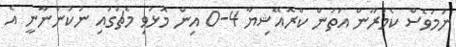
ނަމަވެސް ކެމަރޫން އަތުން ކްރޮއޭޝިޔާ 4-0 އިން މޮޅުވި މެޗުގައި ނުކުންނާނީ އެ